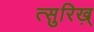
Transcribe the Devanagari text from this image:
त्सुरिख़्